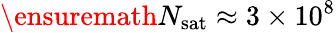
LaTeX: \ensuremath{N_{\mathrm{sat}}}\approx 3\times 10^{8}